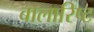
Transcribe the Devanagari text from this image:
बालारिष्ट